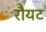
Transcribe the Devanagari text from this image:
रौयट